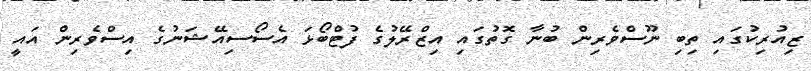
ޒިއުރިކުގައި ތިބި ނޫސްވެރިން ބުނާ ގޮތުގައި އިޒްރޭލުގެ ފުޓްބޯޅަ އެސޯސިއޭޝަނުގެ އިސްވެރިން އައީ